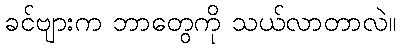
ခင်ဗျားက ဘာတွေကို သယ်လာတာလဲ။